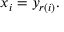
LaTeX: x _ { i } = y _ { r ( i ) } . \,